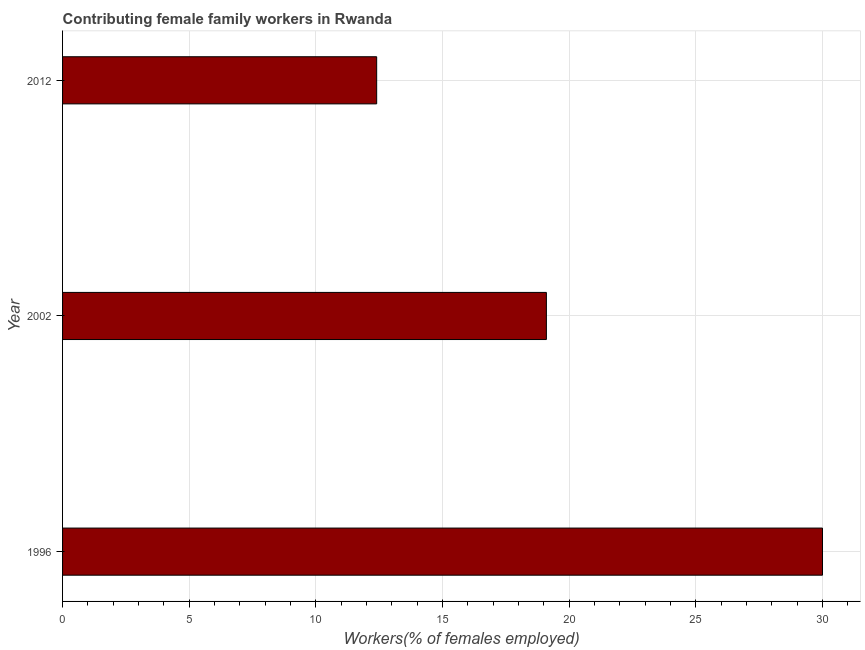
| Year | Contributing family workers |
 | --- | --- |
 | 1996 | 30 |
 | 2002 | 19.1 |
 | 2012 | 12.4 |